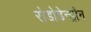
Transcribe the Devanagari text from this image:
रोडोडेन्‍ड्रॉन